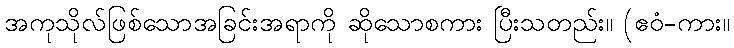
အကုသိုလ်ဖြစ်သောအခြင်းအရာကို ဆိုသောစကား ပြီးသတည်း။ (ဧဝံ-ကား။